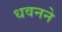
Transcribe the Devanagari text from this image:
धवनने